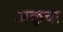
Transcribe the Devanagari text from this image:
अळूचा